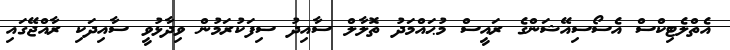
އެތްލެޓިކްސް އެސޯސިއޭޝަންގެ ރައީސް މުޙައްމަދު ތޮލާލް ސާއިދު ސިފަކުރަމުން ވިދާޅުވީ ސާއިދަކި ރާއްޖޭގައި